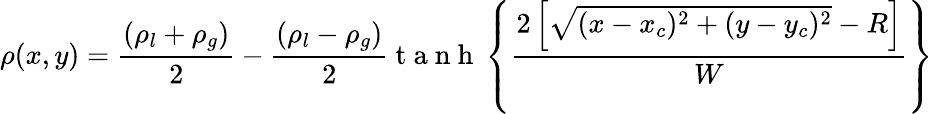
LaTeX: \rho(x,y)=\frac{(\rho_{l}+\rho_{g})}{2}-\frac{(\rho_{l}-\rho_{g})}{2}\mathrm{~t~a~n~h~}\left\{ \frac{2\left[\sqrt{(x-x_{c})^{2}+(y-y_{c})^{2}}-R\right]}{W}\right\}